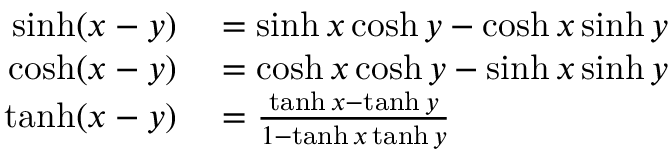
\begin{array} { r l } { \sinh ( x - y ) } & { { } = \sinh x \cosh y - \cosh x \sinh y } \\ { \cosh ( x - y ) } & { { } = \cosh x \cosh y - \sinh x \sinh y } \\ { \operatorname { t a n h } ( x - y ) } & { { } = { \frac { \operatorname { t a n h } x - \operatorname { t a n h } y } { 1 - \operatorname { t a n h } x \operatorname { t a n h } y } } } \end{array}